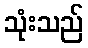
သုံးသည်